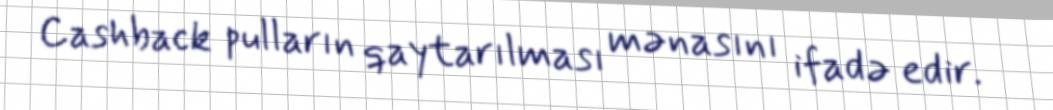
Cashback pulların qaytarılması mənasını ifadə edir.